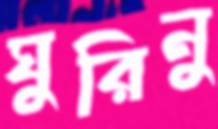
ঘুরিনু